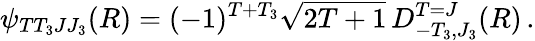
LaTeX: \psi_{TT_{3}JJ_{3}}(R)=(-1)^{T+T_{3}}\sqrt{2T+1}\, D_{-T_{3},J_{3}}^{T=J}(R)\, .